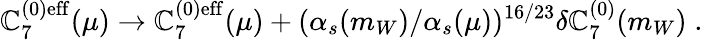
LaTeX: \mathbb{C}_{7}^{(0)\mathrm{{eff}}}(\mu)\rightarrow\mathbb{C}_{7}^{(0)\mathrm{{eff}}}(\mu)+(\alpha_{s}(m_{W})/\alpha_{s}(\mu))^{16/23}\delta\mathbb{C}_{7}^{(0)}(m_{W})\; .